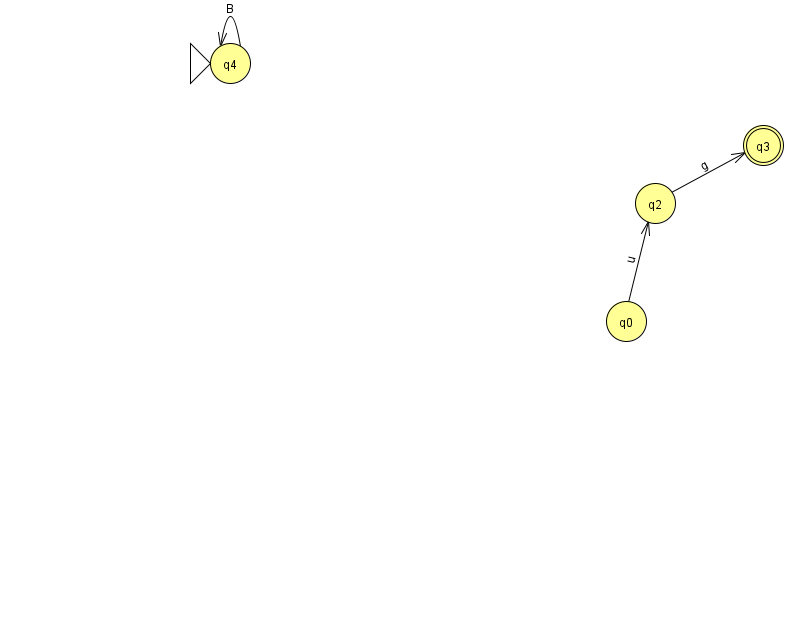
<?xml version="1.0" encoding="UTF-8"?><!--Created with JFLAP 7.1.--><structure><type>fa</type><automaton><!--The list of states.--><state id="0" name="q0"><x>626.0</x><y>308.0</y></state><state id="2" name="q2"><x>655.0</x><y>190.0</y></state><state id="3" name="q3"><x>763.0</x><y>132.0</y><final/></state><state id="4" name="q4"><x>230.0</x><y>50.0</y><initial/></state><!--The list of transitions.--><transition><from>4</from><to>4</to><read>B</read></transition><transition><from>2</from><to>3</to><read>g</read></transition><transition><from>0</from><to>2</to><read>u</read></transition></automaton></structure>